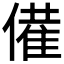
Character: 𬿡